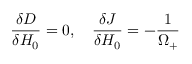
\frac { \delta D } { \delta H _ { 0 } } = 0 , \quad \frac { \delta J } { \delta H _ { 0 } } = - \frac { 1 } { \Omega _ { + } }